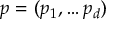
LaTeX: p = ( p _ { 1 } , \ldots p _ { d } )